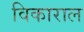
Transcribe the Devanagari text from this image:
विकाराल